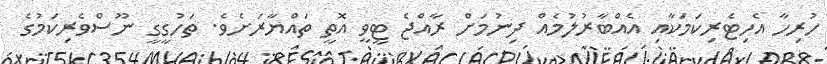
ހުރިހާ އެހިޓެރިކަމަކާއި އެއްބާރުލުމެއް ދިނުމަށް ރާއްޖެ ޓީވީ އޮތީ ތައްޔާރަށެވެ. ތަހުގީގީ ނޫސްވެރިކަމުގެ